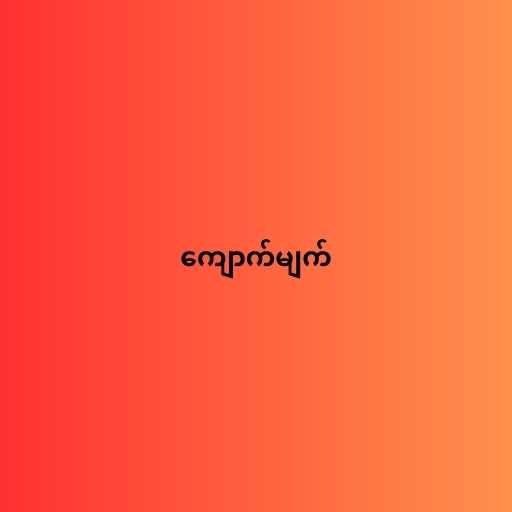
ကျောက်မျက်